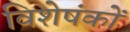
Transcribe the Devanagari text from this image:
विशेषंकों